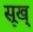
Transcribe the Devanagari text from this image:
सूख्